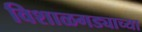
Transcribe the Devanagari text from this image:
विशाळगड्याच्या